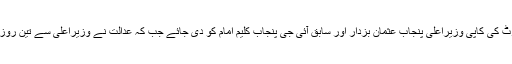
عدالت نے حکم دیا کہ انکوائری رپورٹ کی کاپی وزیراعلیٰ پنجاب عثمان بزدار اور سابق آئی جی پنجاب کلیم امام کو دی جائے جب کہ عدالت نے وزیراعلیٰ سے تین روز میں معاملے پر جواب بھی مانگ لیا۔